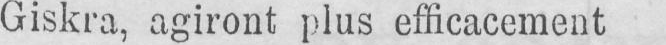
Giskra, agiront plus efficacement